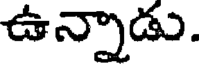
ఉన్నాడు.